Regulations for the medical services of the Army of India
Year: 1930
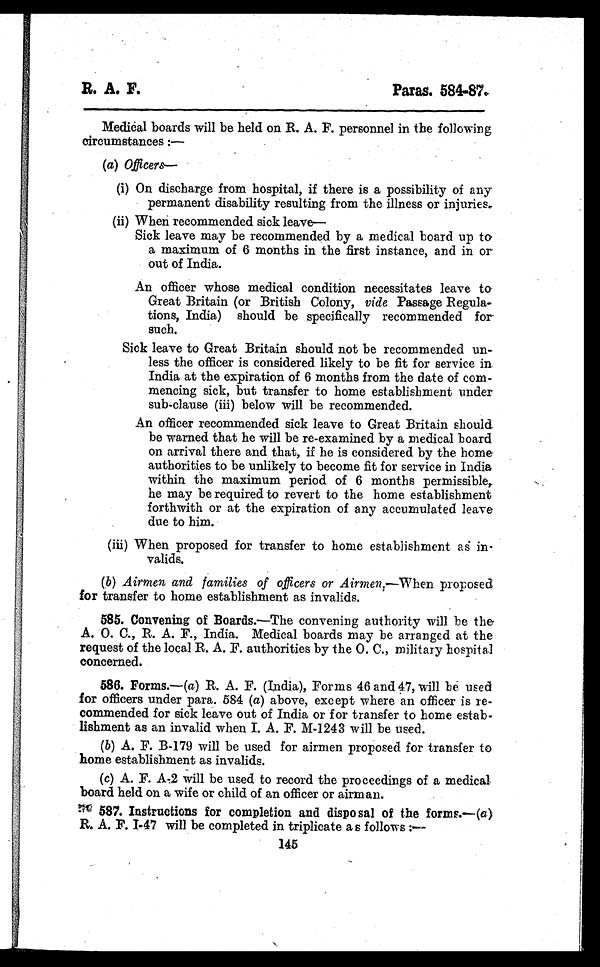
R. A. F.
Paras. 584-87.
Medical boards will be held on R. A. F. personnel in the following
circumstances:
—
(a) Officers
—
(i) On discharge from hospital, if there is a possibility of any
permanent disability resulting from the illness or injuries.
(ii) When recommended sick leave—
Sick leave may be recommended by a medical board up to
a maximum of 6 months in the first instance, and in or
out of India.
An officer whose medical condition necessitates leave to
Great Britain (or British Colony, vide Passage Regula-
tions, India) should be specifically recommended for.
such.
Sick leave to Great Britain should not be recommended un-
less the officer is considered likely to be fit for service in.
India at the expiration of 6 months from the date of com-
mencing sick, but transfer to home establishment under
sub-clause (iii) below will be recommended.
An officer recommended sick leave to Great Britain should
be warned that he will be re-examined by a medical board
on arrival there and that, if he is considered by the home
authorities to be unlikely to become fit for service in India
within the maximum period of 6 months permissible,.
he may be required to revert to the home establishment
forthwith or at the expiration of any accumulated leave
due to him.
(iii) When proposed for transfer to home establishment as in-
valids.
(b) Airmen and families of officers or Airmen,— When proposed
for transfer to home establishment as invalids.
585. Convening of Boards.—The convening authority will be the
A. O. C., R. A. F., India. Medical boards may be arranged at the
request of the local R. A. F. authorities by the O. C., military hospital
concerned.
586. Forms.—(a) R. A. F. (India), Forms 46 and 47, will be used
for officers under para. 584 ( a) above, except where an officer is re-
commended for sick leave out of India or for transfer to home estab-
lishment as an invalid when I. A. F. M-1243 will be used.
( b) A. F. B-179 will be used for airmen proposed for transfer to
home establishment as invalids.
( c) A. F. A-2 will be used to record the proceedings of a medical
board held on a wife or child of an officer or airman.
587. Instructions for completion and dispo sal of the forms.—( a)
R. A. P. I-47 will be completed in triplicate a s follows :—
145